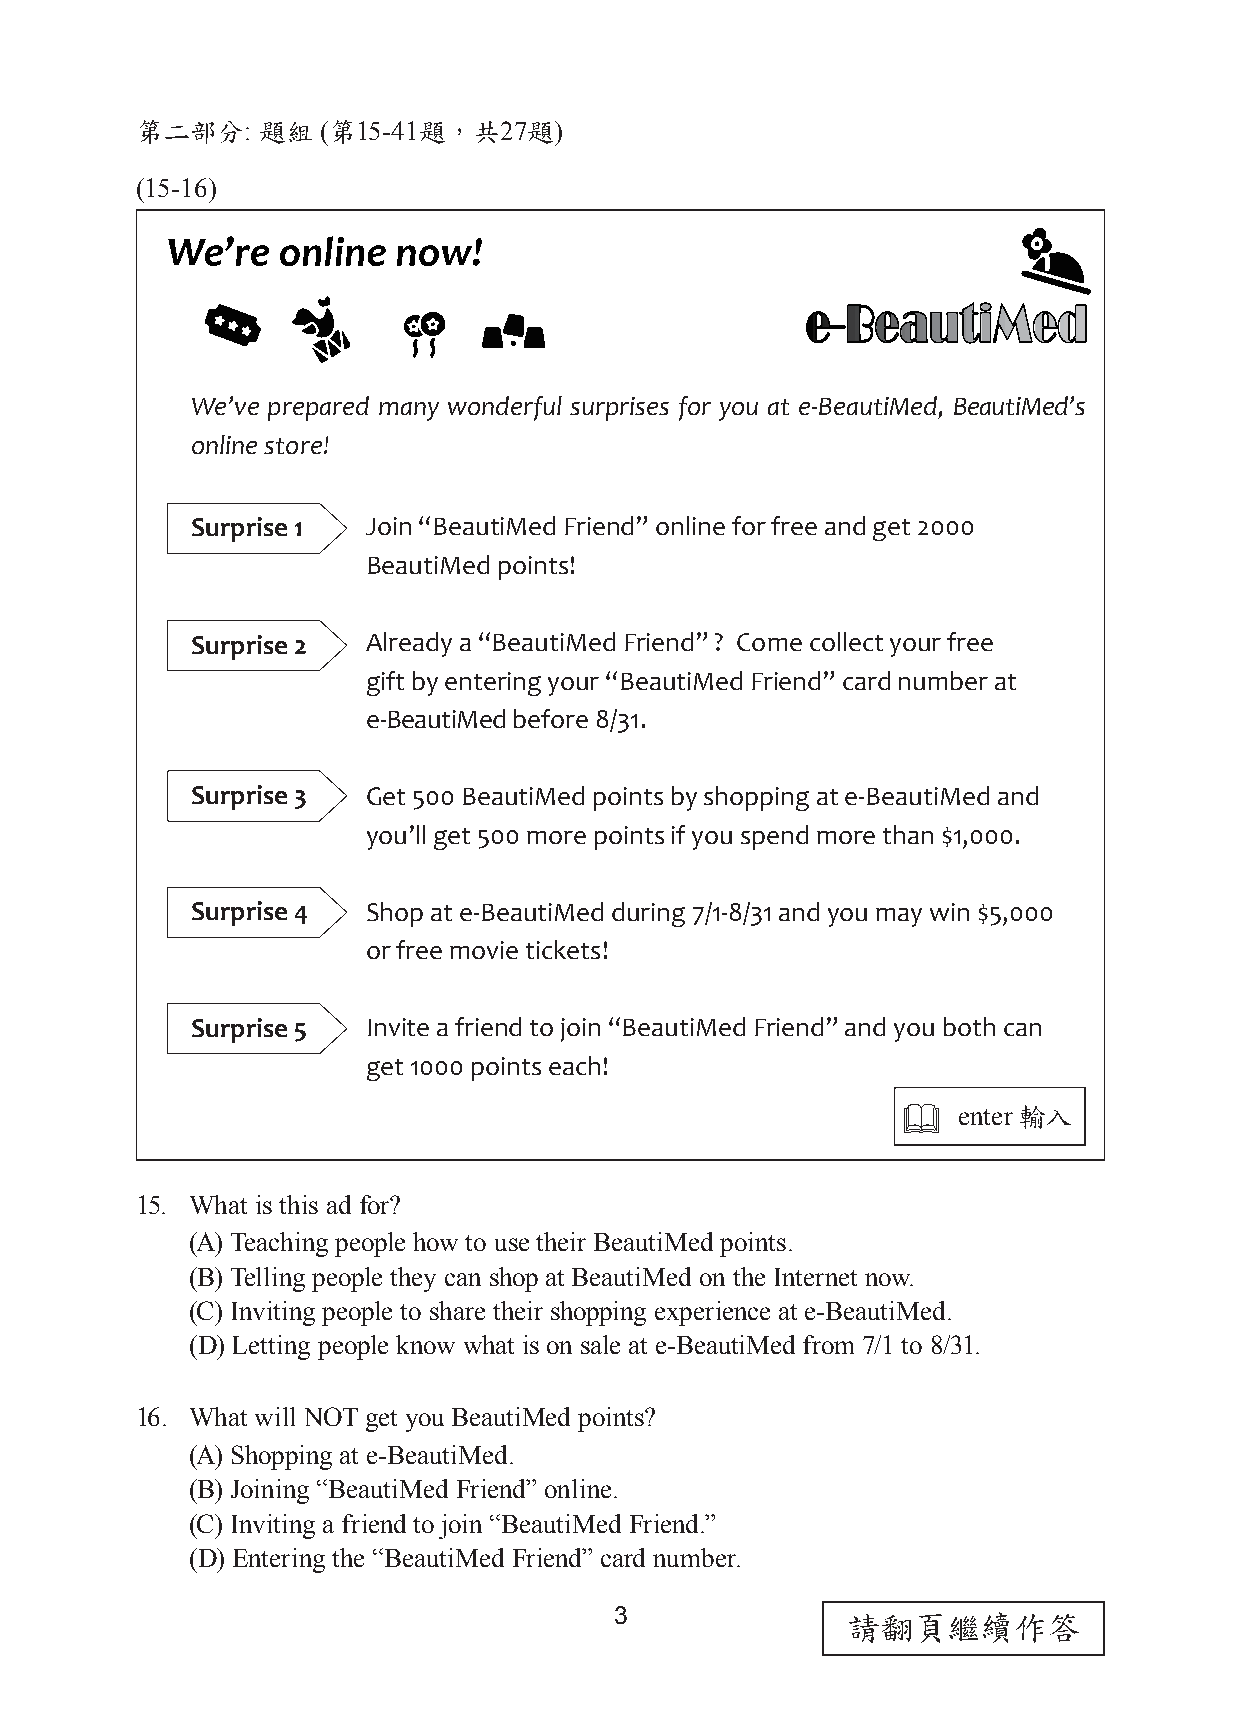
第二部分:   題組  (第15-41題，共27題)
 (15-16)
 We’ve prepared many wonderful surprises for you at e-BeautiMed, BeautiMed’s
 online store!
 Surprise 1 Join “BeautiMed Friend” online for free and get 2000
 BeautiMed points!
 Surprise 2 Already a “BeautiMed Friend” ? Come collect your free
 gift by entering your “BeautiMed Friend” card number at
 e-BeautiMed before 8/31.
 Surprise 3 Get 500 BeautiMed points by shopping at e-BeautiMed and
 you’ll get 500 more points if you spend more than $1,000.
 Surprise 4 Shop at e-BeautiMed during 7/1-8/31 and you may win $5,000
 or free movie tickets!
 Surprise 5 Invite a friend to join “BeautiMed Friend” and you both can
 get 1000 points each!
   enter 輸入
 15. What is this ad for?
 (A) Teaching people how to use their BeautiMed points.
 (B) Telling people they can shop at BeautiMed on the Internet now.
 (C) Inviting people to share their shopping experience at e-BeautiMed.
 (D) Letting people know what is on sale at e-BeautiMed from 7/1 to 8/31.
 16. What will NOT get you BeautiMed points?
 (A) Shopping at e-BeautiMed.
 (B) Joining “BeautiMed Friend” online.
 (C) Inviting a friend to join “BeautiMed Friend.”
 (D) Entering the “BeautiMed Friend” card number.
 3              請翻頁繼續作答